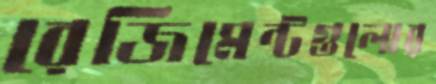
রেজিমেন্টগুলোর